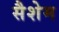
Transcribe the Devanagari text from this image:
सैशेम